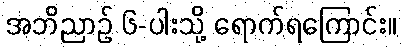
အဘိညာဉ် ၆-ပါးသို့ ရောက်ရကြောင်း။